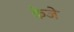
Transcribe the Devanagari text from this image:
केजे